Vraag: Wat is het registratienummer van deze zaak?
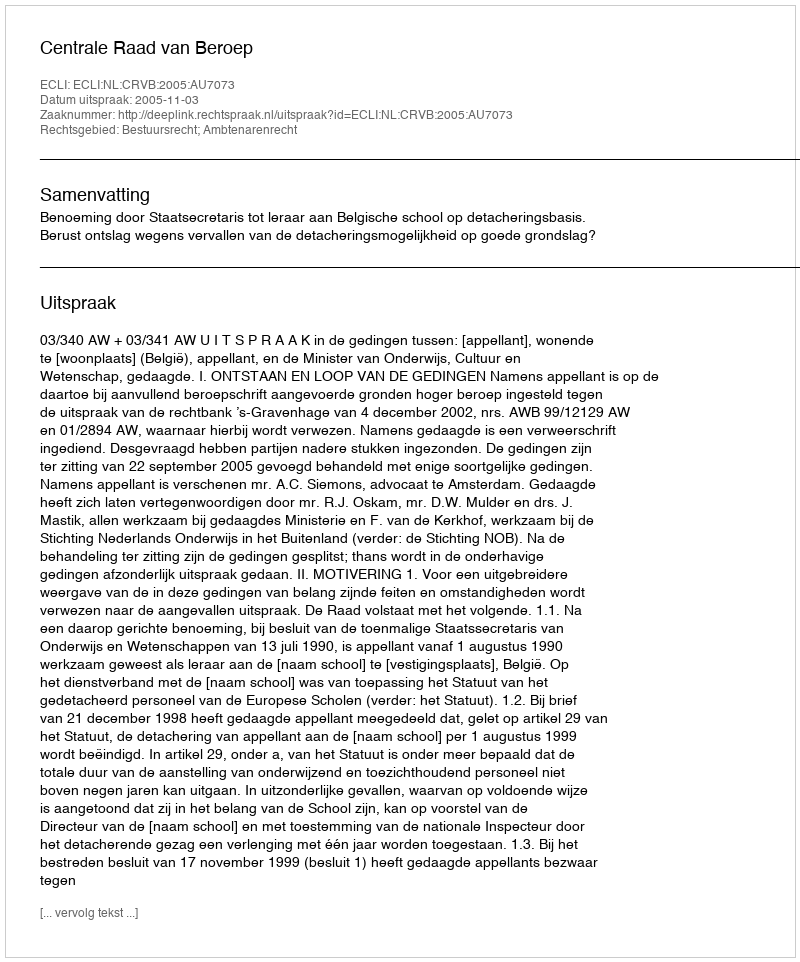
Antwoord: http://deeplink.rechtspraak.nl/uitspraak?id=ECLI:NL:CRVB:2005:AU7073